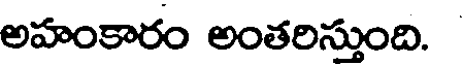
అహంకారం అంతరిస్తుంది.